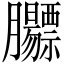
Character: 𬛡